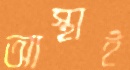
আস্থাই